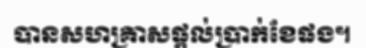
បានសហគ្រាសផ្តល់ប្រាក់ខែផង។